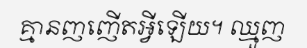
គ្មានញញើតអ្វីឡើយ។ ឈ្មួញ